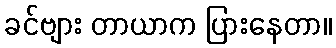
ခင်ဗျား တာယာက ပြားနေတာ။